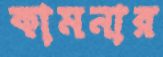
কামনার